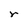
Character: r